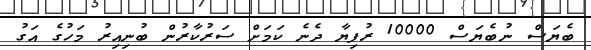
ބެޔަސް ނުބެޔަސް 10000 ރުފިޔާ ދެނެ ކަމަށް ސަރުކާރުން ބުނިއިރު މަހުގެ އަގު